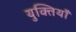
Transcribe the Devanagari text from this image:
युक्‍तियॉं